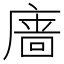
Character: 𪪞